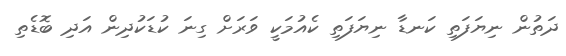
ދަތުން ނިޔަފަތި ކަނޑާ ނިޔަފަތި ކެއުމަކީ ވަރަށް ގިނަ ކުޑަކުދިން އަދި ބޮޑެތި